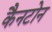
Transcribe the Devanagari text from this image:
कैनटोन